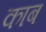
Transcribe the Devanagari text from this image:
काब